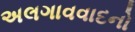
અલગાવવાદનો